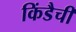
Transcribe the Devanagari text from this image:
किंडैची